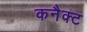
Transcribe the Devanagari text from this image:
कनैक्ट